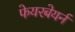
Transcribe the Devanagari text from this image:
फेयरबेयर्न